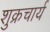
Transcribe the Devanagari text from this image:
शुक्रचार्य